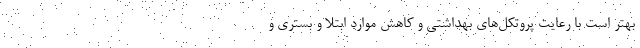
بهتر است با رعایت پروتکل‌های بهداشتی و کاهش موارد ابتلا و بستری و